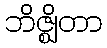
ဘိဇ္ဈိတာ